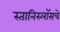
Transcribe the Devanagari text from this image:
स्तानिस्लॉसचे